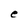
Character: e